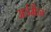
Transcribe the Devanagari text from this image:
अर्डमैन